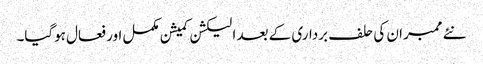
نئے ممبران کی حلف برداری کے بعد الیکشن کمیشن مکمل اور فعال ہوگیا۔